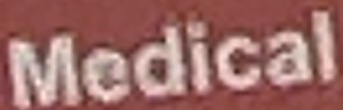
Medical